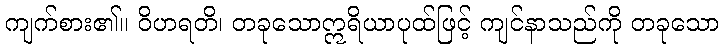
ကျက်စား၏။ ဝိဟရတိ၊ တခုသောဣရိယာပုထ်ဖြင့် ကျင်နာသည်ကို တခုသော